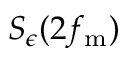
S _ { \epsilon } ( 2 f _ { \mathrm { m } } )